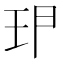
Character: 𱮶